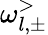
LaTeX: \omega_{l,\pm}^{>}